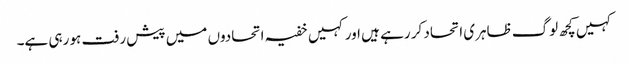
کہیں کچھ لوگ ظاہری اتحاد کر رہے ہیں اور کہیں خفیہ اتحادوں میں پیش رفت ہو رہی ہے۔